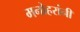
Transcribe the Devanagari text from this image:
मनोहरांनी